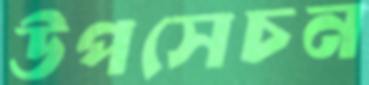
উপসেচন